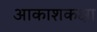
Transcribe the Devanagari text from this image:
आकाशकक्षा